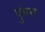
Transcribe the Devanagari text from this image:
पुंमग